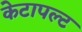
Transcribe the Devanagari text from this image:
केटापल्ट